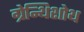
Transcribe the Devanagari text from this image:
ग्रेन्थिशोथ